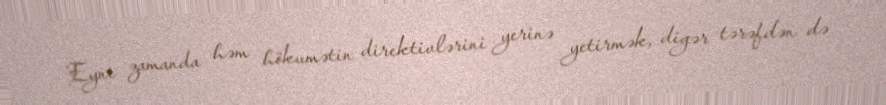
Eyni zamanda həm hökumətin direktivlərini yerinə yetirmək, digər tərəfdən də